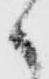
と